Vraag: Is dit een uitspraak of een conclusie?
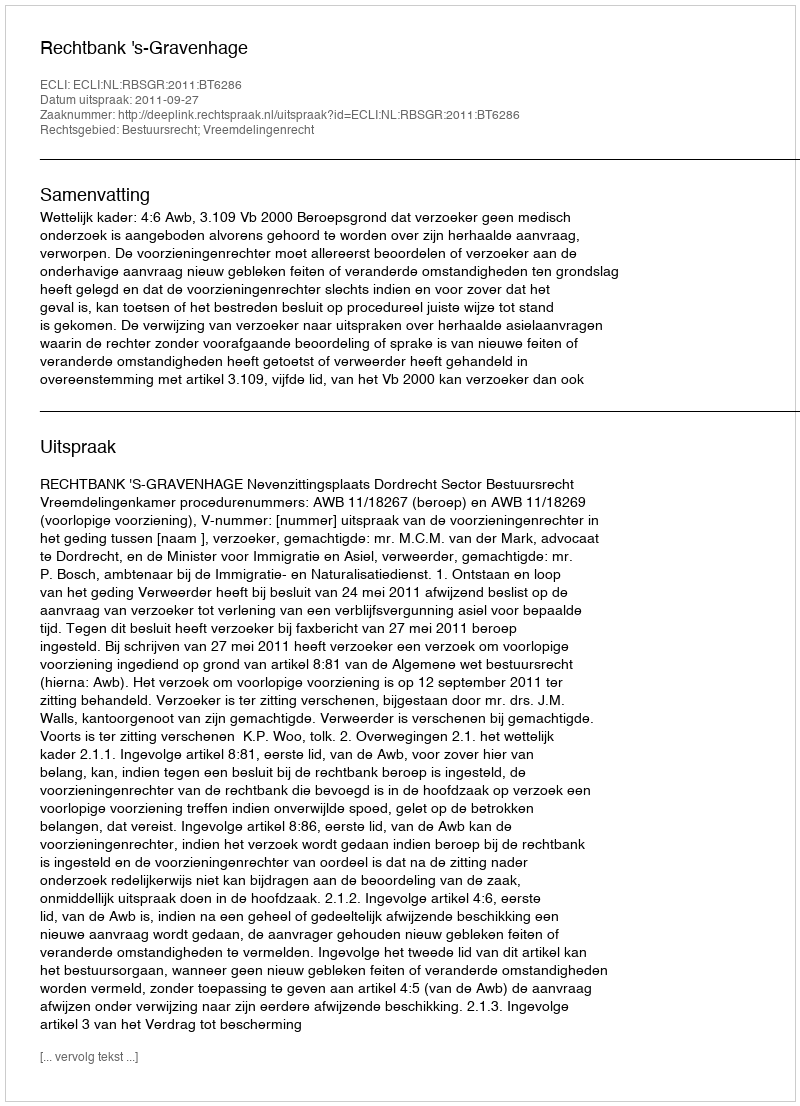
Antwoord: Uitspraak